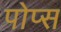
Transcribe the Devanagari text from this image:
पोप्स